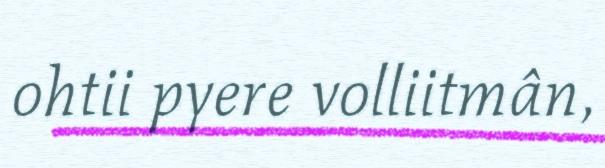
ohtii pyere volliitmân,